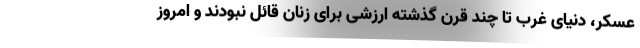
عسکر، دنیای غرب تا چند قرن گذشته ارزشی برای زنان قائل نبودند و امروز